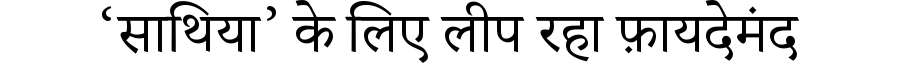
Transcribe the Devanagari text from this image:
‘साथिया’ के लिए लीप रहा फ़ायदेमंद